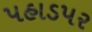
પહાડપર